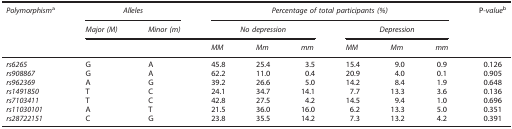
| Polymorphisma | <COLSPAN=2> Alleles | <COLSPAN=6> Percentage of total participants (%) | P-valueb |
 |  | Major (M) | Minor (m) | <COLSPAN=3> No depression | <COLSPAN=3> Depression |  |
 |  |  |  | MM | Mm | mm | MM | Mm | mm |  |
 | --- | --- | --- | --- | --- | --- | --- | --- | --- | --- |
 | rs6265 | G | A | 45.8 | 25.4 | 3.5 | 15.4 | 9.0 | 0.9 | 0.126 |
 | rs908867 | G | A | 62.2 | 11.0 | 0.4 | 20.9 | 4.0 | 0.1 | 0.905 |
 | rs962369 | A | G | 39.2 | 26.6 | 5.0 | 14.2 | 8.4 | 1.9 | 0.648 |
 | rs1491850 | T | C | 24.1 | 34.7 | 14.1 | 7.7 | 13.3 | 3.6 | 0.136 |
 | rs7103411 | T | C | 42.8 | 27.5 | 4.2 | 14.5 | 9.4 | 1.0 | 0.696 |
 | rs11030101 | A | T | 21.5 | 36.0 | 16.0 | 6.2 | 13.3 | 5.0 | 0.351 |
 | rs28722151 | C | G | 23.8 | 35.5 | 14.2 | 7.3 | 13.2 | 4.2 | 0.391 |